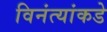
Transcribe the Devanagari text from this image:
विनंत्यांकडे